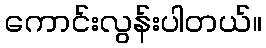
ကောင်းလွန်းပါတယ်။